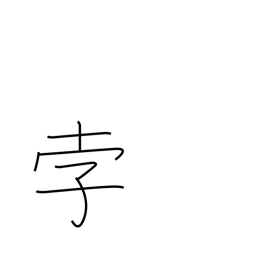
Meaning: comet